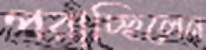
পরাচ্ছিলেন